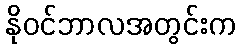
နိုဝင်ဘာလအတွင်းက